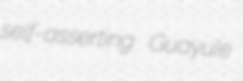
self-asserting Guayule